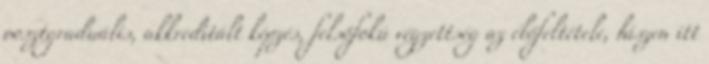
posztgraduális, akkreditált képzés, felsőfokú végzettség az előfeltétele, hiszen itt